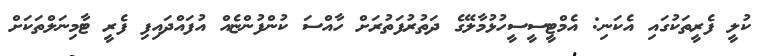
ކުލީ ފެރީތަކުގައި އެކަނި: އެމްޓީސީސީހުޅުމާލޭގެ ދަތުރުފަތުރަށް ހާއްސަ ކުންފުންޏެއް އުފައްދައިފި ފެރީ ޓާމިނަލްތަކަށް